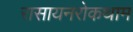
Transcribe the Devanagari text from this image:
रासायनरोकथाम